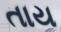
તાય